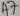
Text: A7